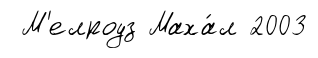
М'елроуз Маха́л 2003